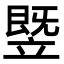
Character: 䇒